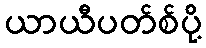
ယာယီပတ်စ်ပို့